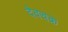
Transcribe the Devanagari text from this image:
देवचक्र